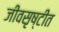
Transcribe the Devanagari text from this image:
जीवसृष्टीत